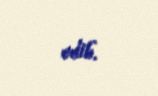
edib.